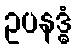
ဥပနဒ္ဓံ